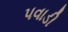
પવાડી